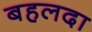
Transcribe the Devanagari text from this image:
बहलदा